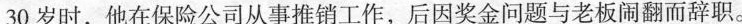
30岁时，他在保险公司从事推销工作，后因奖金问题与老板闹翻而辞职。